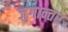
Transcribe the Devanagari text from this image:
जुगान्तर